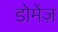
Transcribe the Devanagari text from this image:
डोमेंज़